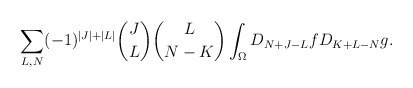
\begin{align*}\sum_{L,N} (-1)^{|J|+|L|}{J \choose L}{{L} \choose {N-K}}\int_{\Omega}D_{N+J-L}fD_{K+L-N}g.\end{align*}